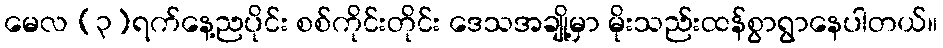
မေလ (၃)ရက်နေ့ညပိုင်း စစ်ကိုင်းတိုင်း ဒေသအချို့မှာ မိုးသည်းထန်စွာရွာနေပါတယ်။